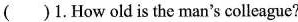
( )1.How old is the man's colleague?